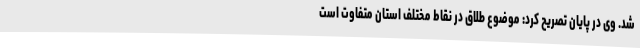
شد. وی در پایان تصریح کرد: موضوع طلاق در نقاط مختلف استان متفاوت است